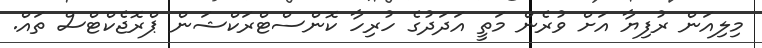
މިލިއަން ރުފިޔާ އަށް ވުރެން މަތީ އަދަދުގެ ހުރިހާ ކޮންސްޓްރަކްޝަން ޕްރޮޖެކްޓްސް ތައް.